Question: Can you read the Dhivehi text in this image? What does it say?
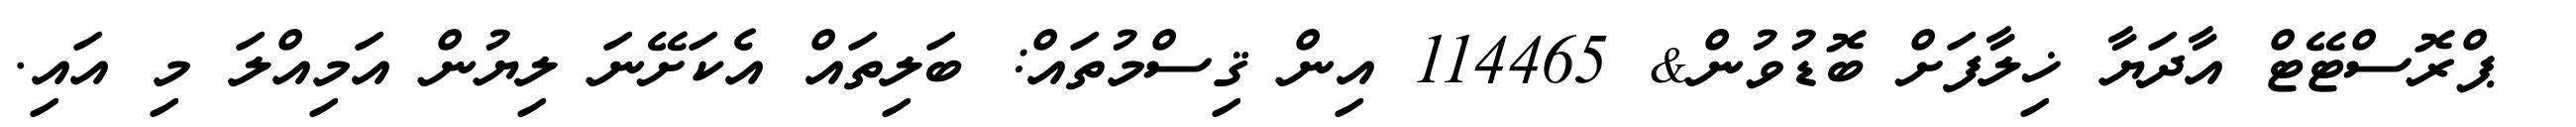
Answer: ? ޕްރޮސްޓޭޓް އާދަޔާ ޚިލާފަށް ބޮޑުވުން& 114465 އިން ޤިސްމުތައް: ބަލިތައް އެކަށޭނަ ލިޔުން އަމިއްލަ މި އައި.